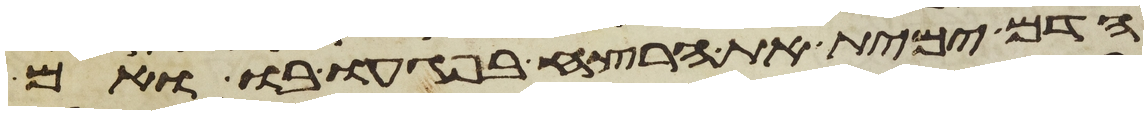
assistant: הדם ימית את הרצח בפגעו בו ואם